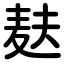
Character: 麸